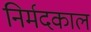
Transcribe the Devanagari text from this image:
निर्मदकाल